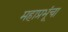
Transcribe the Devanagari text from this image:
महाप्रभूंचा